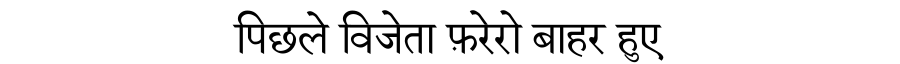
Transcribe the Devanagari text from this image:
पिछले विजेता फ़रेरो बाहर हुए